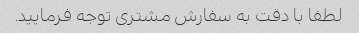
لطفا با دقت به سفارش مشتری توجه فرمایید.